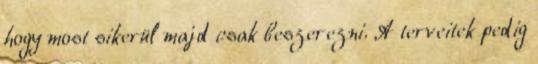
hogy most sikerül majd csak beszerezni. A terveitek pedig